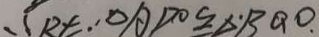
R t \cdot , \Delta A D O \cong \Delta \cdot B Q O \cdot